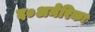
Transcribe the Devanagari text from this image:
द०अमेरिका